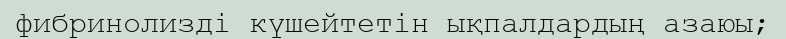
фибринолизді күшейтетін ықпалдардың азаюы;